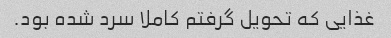
غذایی که تحویل گرفتم کاملا سرد شده بود.